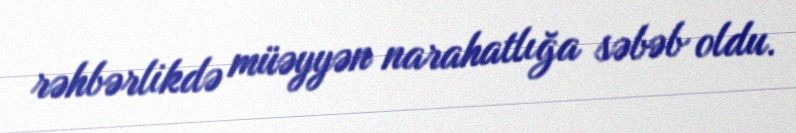
rəhbərlikdə müəyyən narahatlığa səbəb oldu.